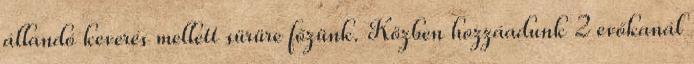
állandó keverés mellett sürüre főzünk. Közben hozzáadunk 2 evőkanál